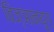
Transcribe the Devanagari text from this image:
विज्ञानयुग